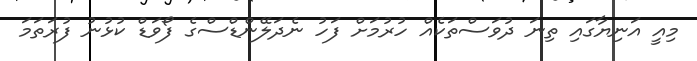
މިއީ އަނިޔާގައި ތިނަ ދުވަސްތަކެއް ހުރުމަށް ފަހު ނެދަލޭންޑްސްގެ ފޯވަޑް ކުޅުނު ފުރަތަމަ